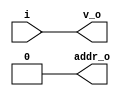
// This program was cloned from: https://github.com/NYU-MLDA/OpenABC
// License: BSD 3-Clause "New" or "Revised" License

module bsg_encode_one_hot_width_p1
(
  i,
  addr_o,
  v_o
);

  input [0:0] i;
  output [0:0] addr_o;
  output v_o;
  wire [0:0] addr_o;
  wire v_o;
  assign v_o = i[0];
  assign addr_o[0] = 1'b0;

endmodule